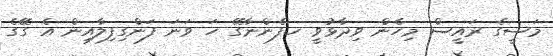
މަސީގެ ރައީސް މިހެން ވިދާޅުވީ ހ.ފެންނާގޭ ހަ ވަނަ ފަންގިފިލާއިން އެ ގޭގެ